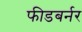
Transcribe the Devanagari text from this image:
फीडबर्नर